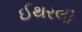
ઈથરલી